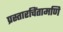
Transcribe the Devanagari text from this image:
प्रस्तारचिंतामणि